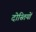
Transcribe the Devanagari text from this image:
दोस्तियों